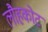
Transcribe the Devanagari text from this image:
लौहकोट